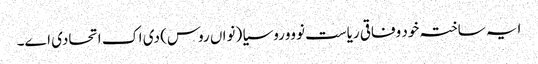
ایہ ساختہ خود وفاقی ریاست نوووروسیا (نواں روس) دی اک اتحادی اے۔